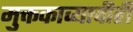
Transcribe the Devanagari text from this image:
मुक्तकाव्याचीही